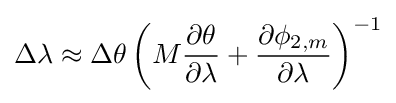
\Delta \lambda \approx \Delta \theta \left(M{\partial \theta  \over \partial \lambda }+{\partial \phi _{2,m} \over \partial \lambda }\right)^{-1}